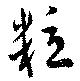
粒